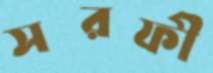
সরফী